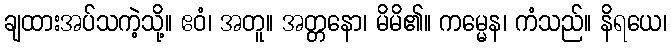
ချထားအပ်သကဲ့သို့။ ဧဝံ၊ အတူ။ အတ္တနော၊ မိမိ၏။ ကမ္မေန၊ ကံသည်။ နိရယေ၊